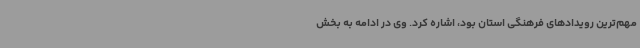
مهم‌ترین رویدادهای فرهنگی استان بود، اشاره کرد. وی در ادامه به بخش